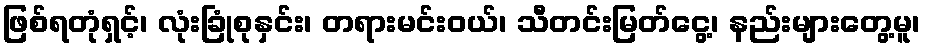
ဖြစ်ရတုံရှင့်၊ လုံးခြုံစုနှင်း၊ တရားမင်းဝယ်၊ သီတင်းမြတ်ငွေ့၊ နည်းများတွေ့မူ၊